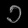
Digit: ၁